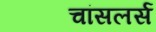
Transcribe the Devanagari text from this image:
चांसलर्स